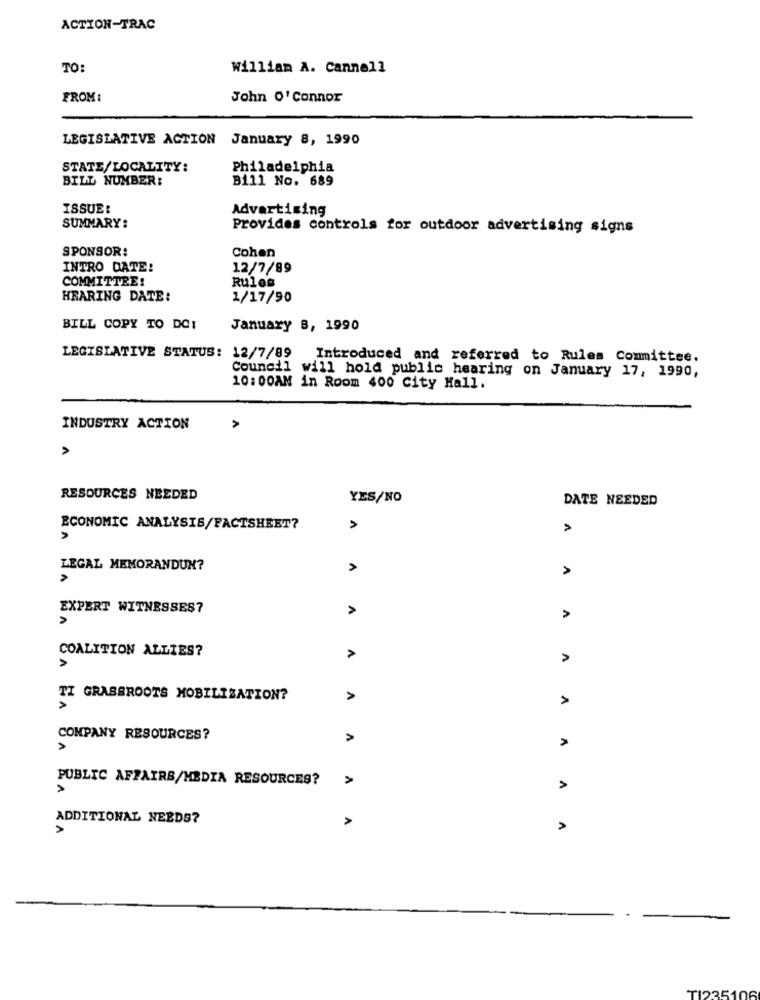
ACTION-TRAC
TO:
William A. Cannell
FROM :
John O' Connor
LEGISLATIVE ACTION January 8, 1990
STATE/LOCALITY:
Philadelphia
BILL NUMBER:
Bill No. 689
ISSUE:
Advertising
SUMMARY:
Provides controls for outdoor advertising signs
SPONSOR:
Cohen
INTRO DATE:
12/7/89
COMMITTEE!
Rules
HEARING DATE:
1/17/90
BILL COPY TO DO:
January B, 1990
LEGISLATIVE STATUS: 12/7/89 Introduced and referred to Rules Committee.
Council will hold public hearing on January 17, 1990,
10:00AM in Room 400 City Hall.
INDUSTRY ACTION
>
RESOURCES NEEDED
YES/NO
DATE NEEDED
ECONOMIC ANALYSIS/FACTSHEET?
A
>
LEGAL MEMORANDUM?
A
A
EXPERT WITNESSES?
A
A
COALITION ALLIES?
A
A
TI GRASSROOTS MOBILIZATION?
A
A
COMPANY RESOURCES?
A
V
PUBLIC AFFAIRS/MEDIA RESOURCES?
>
ADDITIONAL NEEDS?
>
>
A